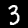
Label: 3